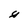
Character: y